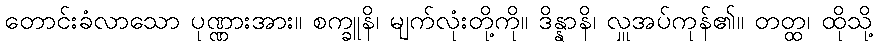
တောင်းခံလာသော ပုဏ္ဏားအား။ စက္ခူနိ၊ မျက်လုံးတို့ကို။ ဒိန္နာနိ၊ လှူအပ်ကုန်၏။ တတ္ထ၊ ထိုသို့